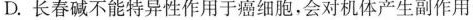
D.长春碱不能特异性作用于癌细胞，会对机体产生副作用